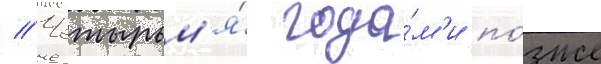
// Четырьм'я́ года́м'и по́зже